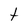
Character: t